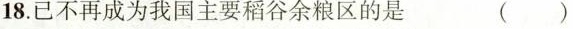
18.已不再成为我国主要稻谷余粮区的是（）